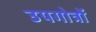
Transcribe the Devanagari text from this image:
उपगोत्रों